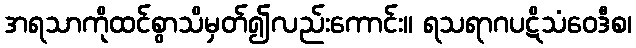
အရသာကိုထင်စွာသိမှတ်၍လည်းကောင်း။ ရသရာဂပဋိသံဝေဒီစ၊